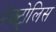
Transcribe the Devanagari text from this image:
पेक्ट्रोलिस